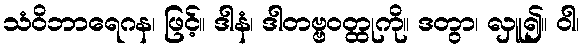
သံဝိဘာရေဂန၊ ဖြင့်။ ဒါနံ၊ ဒါတဗ္ဗဝတ္ထုကို။ ဒတွာ၊ လှူ၍။ ဝါ၊